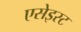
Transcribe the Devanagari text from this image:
एसेइस्ट